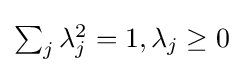
{\textstyle \sum _{j}\lambda _{j}^{2}=1,\lambda _{j}\geq 0}